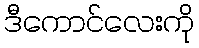
ဒီကောင်လေးကို